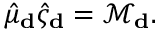
\hat { \mu } _ { \bf d } \hat { \varsigma } _ { \bf d } = \mathcal { M } _ { \bf d } .